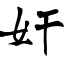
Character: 奸